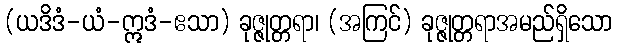
(ယဒိဒံ-ယံ-ဣဒံ-ဧသာ) ခုဇ္ဇုတ္တရာ၊ (အကြင်) ခုဇ္ဇုတ္တရာအမည်ရှိသော